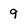
Character: 9